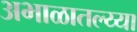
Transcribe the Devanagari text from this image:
अभाळातल्य्या